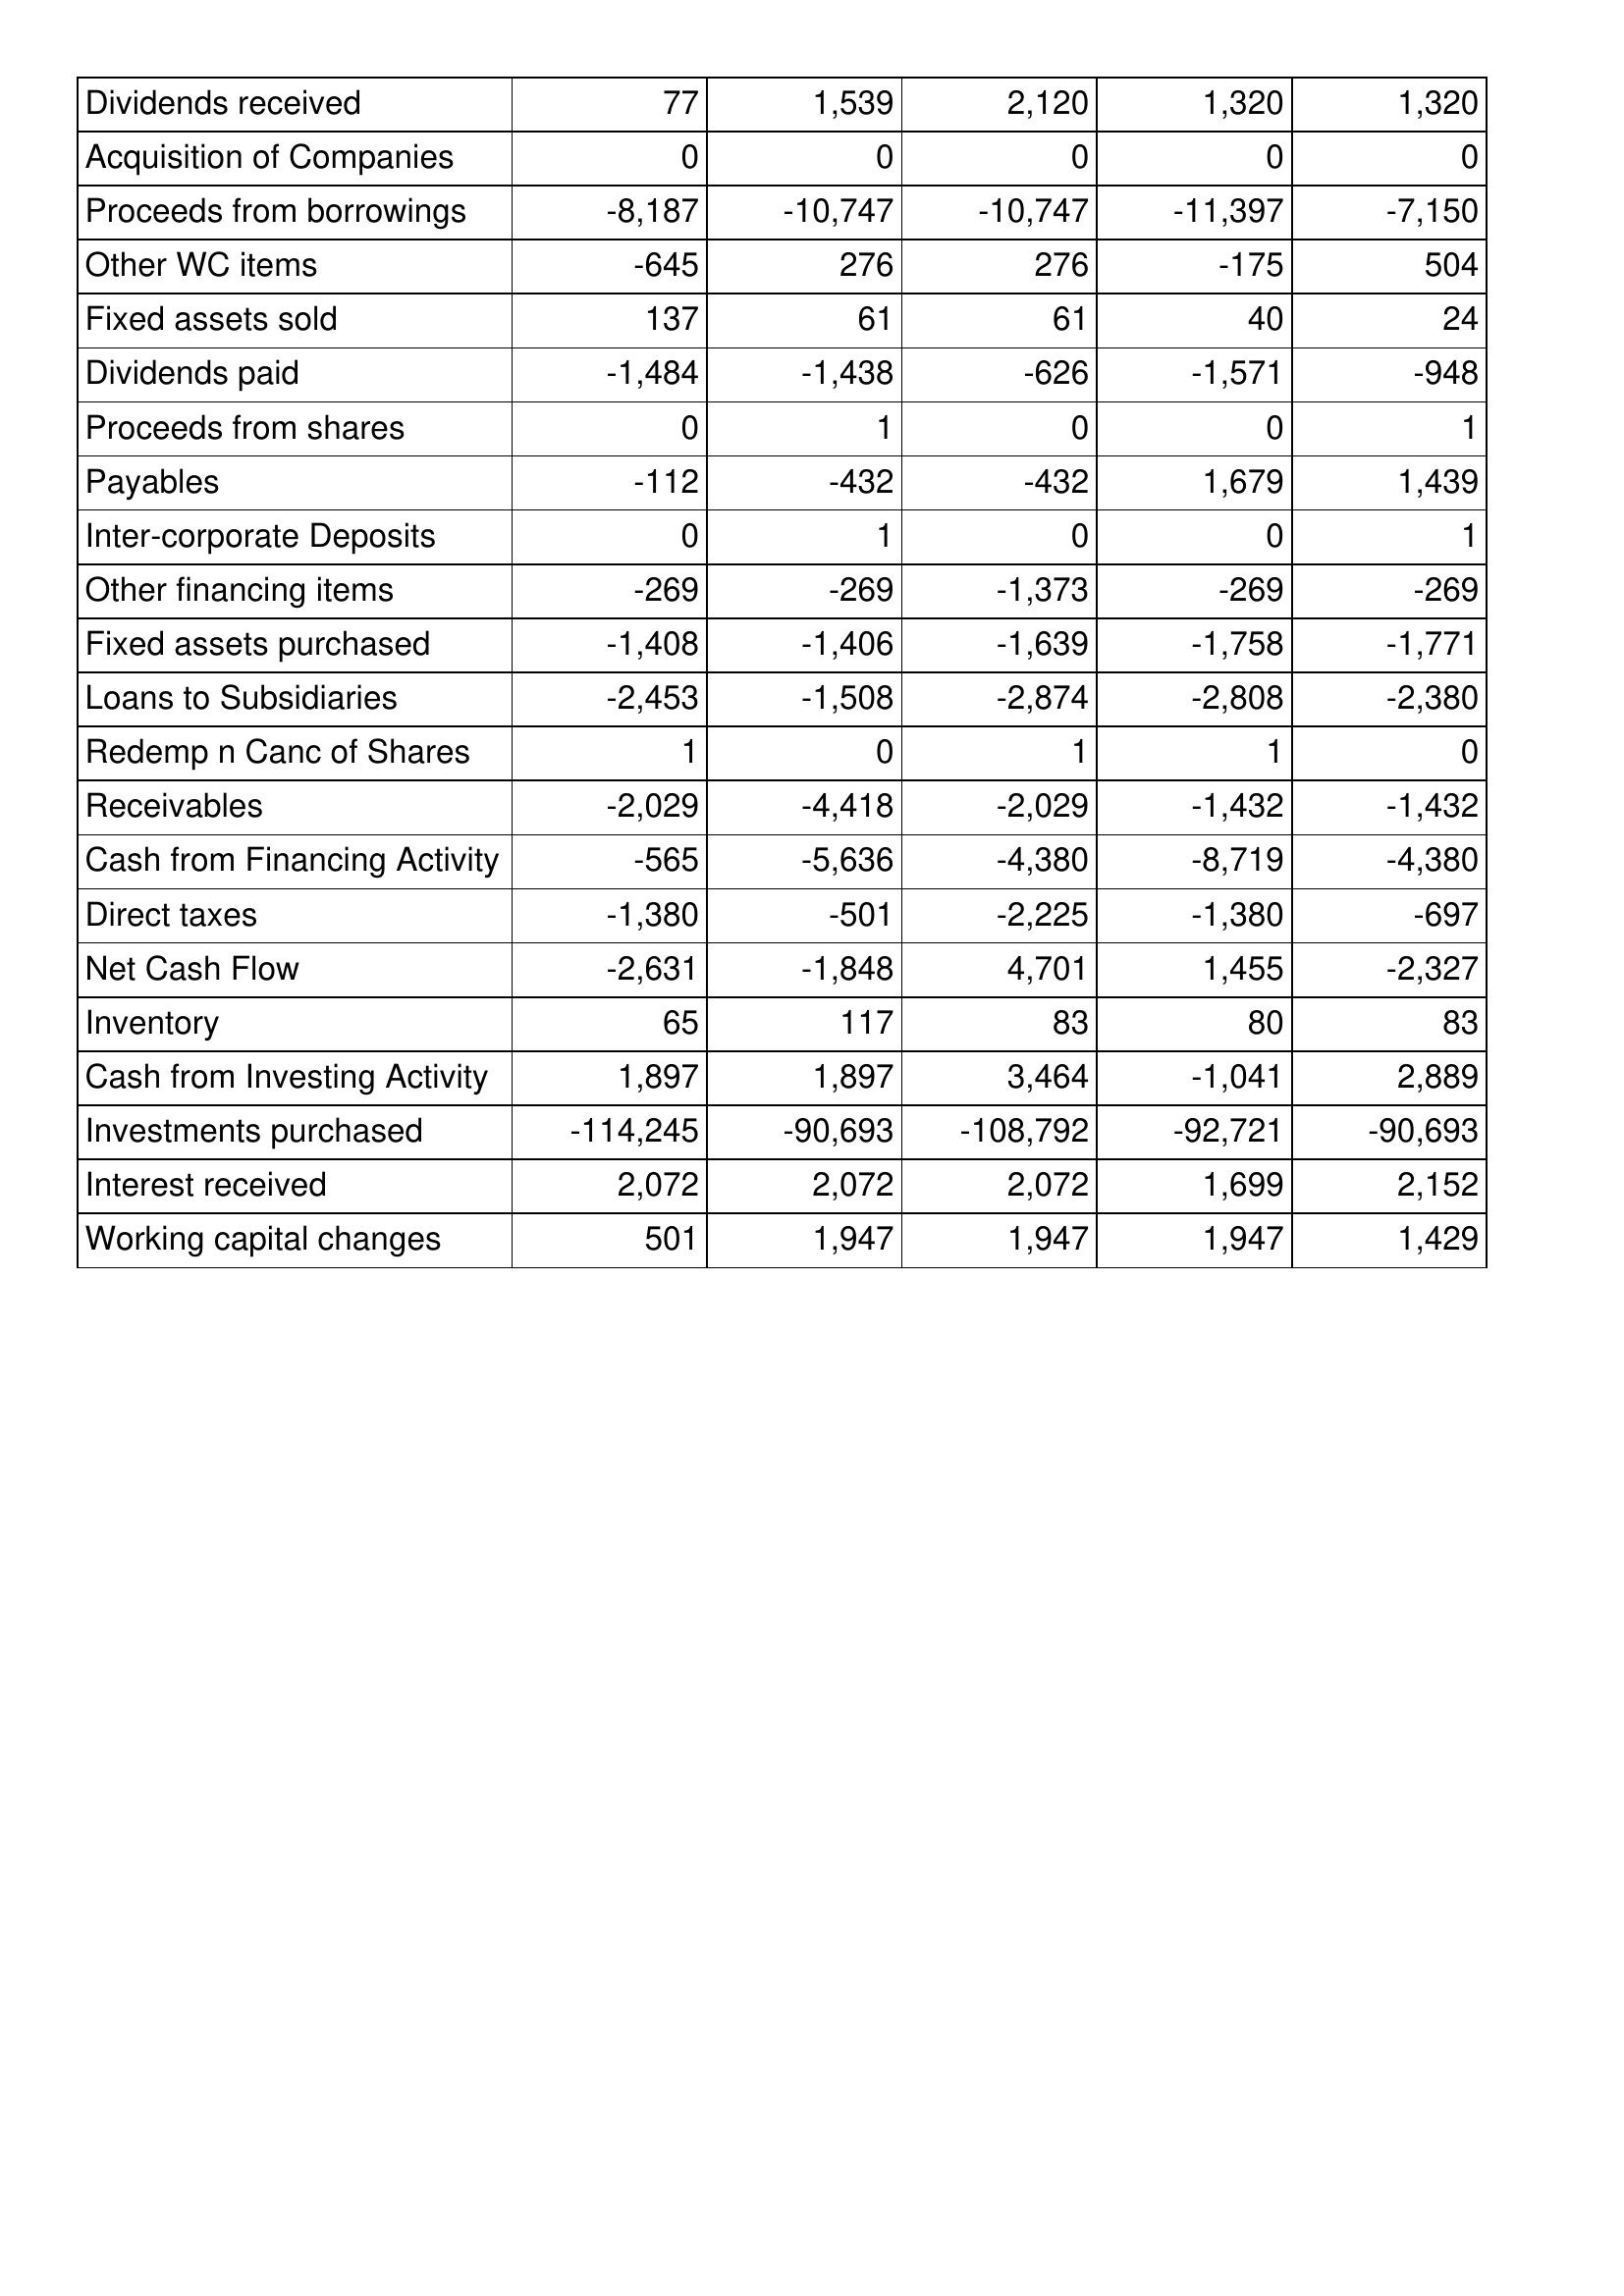
Nov-14: Cash Flows: Dividends received: 77
Acquisition of Companies: 0
Proceeds from borrowings: -8,187
Other WC items: -645
Fixed assets sold: 137
Dividends paid: -1,484
Proceeds from shares: 0
Payables: -112
Inter-corporate Deposits: 0
Other financing items: -269
Fixed assets purchased: -1,408
Loans to Subsidiaries: -2,453
Redemp n Canc of Shares: 1
Receivables: -2,029
Cash from Financing Activity: -565
Direct taxes: -1,380
Net Cash Flow: -2,631
Inventory: 65
Cash from Investing Activity: 1,897
Investments purchased: -114,245
Interest received: 2,072
Working capital changes: 501
Nov-15: Cash Flows: Dividends received: 1,539
Acquisition of Companies: 0
Proceeds from borrowings: -10,747
Other WC items: 276
Fixed assets sold: 61
Dividends paid: -1,438
Proceeds from shares: 1
Payables: -432
Inter-corporate Deposits: 1
Other financing items: -269
Fixed assets purchased: -1,406
Loans to Subsidiaries: -1,508
Redemp n Canc of Shares: 0
Receivables: -4,418
Cash from Financing Activity: -5,636
Direct taxes: -501
Net Cash Flow: -1,848
Inventory: 117
Cash from Investing Activity: 1,897
Investments purchased: -90,693
Interest received: 2,072
Working capital changes: 1,947
Nov-16: Cash Flows: Dividends received: 2,120
Acquisition of Companies: 0
Proceeds from borrowings: -10,747
Other WC items: 276
Fixed assets sold: 61
Dividends paid: -626
Proceeds from shares: 0
Payables: -432
Inter-corporate Deposits: 0
Other financing items: -1,373
Fixed assets purchased: -1,639
Loans to Subsidiaries: -2,874
Redemp n Canc of Shares: 1
Receivables: -2,029
Cash from Financing Activity: -4,380
Direct taxes: -2,225
Net Cash Flow: 4,701
Inventory: 83
Cash from Investing Activity: 3,464
Investments purchased: -108,792
Interest received: 2,072
Working capital changes: 1,947
Nov-17: Cash Flows: Dividends received: 1,320
Acquisition of Companies: 0
Proceeds from borrowings: -11,397
Other WC items: -175
Fixed assets sold: 40
Dividends paid: -1,571
Proceeds from shares: 0
Payables: 1,679
Inter-corporate Deposits: 0
Other financing items: -269
Fixed assets purchased: -1,758
Loans to Subsidiaries: -2,808
Redemp n Canc of Shares: 1
Receivables: -1,432
Cash from Financing Activity: -8,719
Direct taxes: -1,380
Net Cash Flow: 1,455
Inventory: 80
Cash from Investing Activity: -1,041
Investments purchased: -92,721
Interest received: 1,699
Working capital changes: 1,947
Nov-18: Cash Flows: Dividends received: 1,320
Acquisition of Companies: 0
Proceeds from borrowings: -7,150
Other WC items: 504
Fixed assets sold: 24
Dividends paid: -948
Proceeds from shares: 1
Payables: 1,439
Inter-corporate Deposits: 1
Other financing items: -269
Fixed assets purchased: -1,771
Loans to Subsidiaries: -2,380
Redemp n Canc of Shares: 0
Receivables: -1,432
Cash from Financing Activity: -4,380
Direct taxes: -697
Net Cash Flow: -2,327
Inventory: 83
Cash from Investing Activity: 2,889
Investments purchased: -90,693
Interest received: 2,152
Working capital changes: 1,429